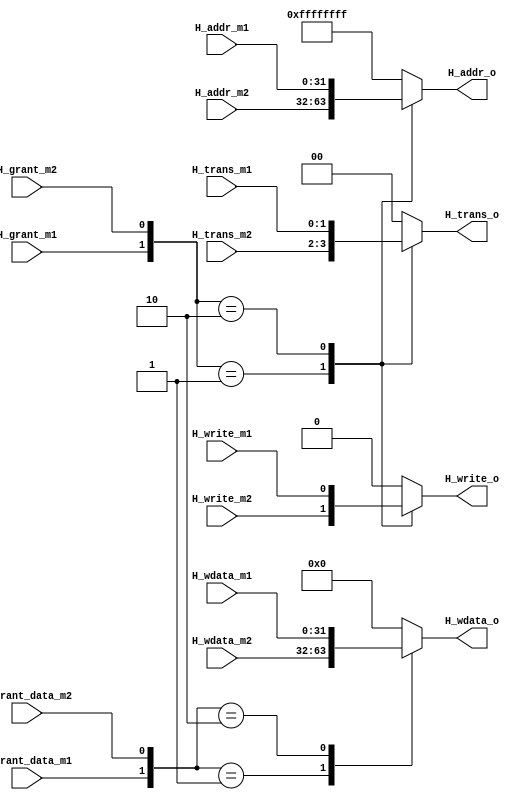
//====================================================
// module      :  ahb  MUX
// editor      :  shiyong 
// data        :  2022/11/12
// description :
//                Master to slave
//====================================================
`timescale 1ns/10ps

module ahb_mux_M2S(
       //address and control sel  signal
       input   H_grant_m1,
       input   H_grant_m2,
       //data grant sel signals
       input   H_grant_data_m1,
       input   H_grant_data_m2,
       //master 1
       input  [31:0]  H_addr_m1,
       input          H_write_m1,
       input  [ 1:0]  H_trans_m1,
       input  [31:0]  H_wdata_m1,
       //master 2
       input  [31:0]  H_addr_m2,
       input          H_write_m2,
       input  [ 1:0]  H_trans_m2,
       input  [31:0]  H_wdata_m2,
       //output
       output  reg [31:0]  H_addr_o,
       output  reg         H_write_o,
       output  reg [ 1:0]  H_trans_o,
       output  reg [31:0]  H_wdata_o
);

always@(*)begin
    //address and control phase
    case({H_grant_m1,H_grant_m2})
        2'b01:begin
           H_addr_o  = H_addr_m2;            
           H_write_o = H_write_m2;
           H_trans_o = H_trans_m2;
        end
        2'b10:begin
           H_addr_o  = H_addr_m1;
           H_write_o = H_write_m1;
           H_trans_o = H_trans_m1;
        end
        default:begin
           H_addr_o  = 32'hffff_ffff;
           H_write_o = 1'b0;
           H_trans_o = 1'b0;
        end
    endcase
    case ({H_grant_data_m1,H_grant_data_m2})
        2'b01:begin
            H_wdata_o = H_wdata_m2;
        end 
        2'b10:begin
            H_wdata_o = H_wdata_m1;
        end
        default: begin
            H_wdata_o = 32'h0000_0000;
        end
    endcase
end


endmodule